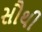
સૌથી